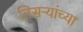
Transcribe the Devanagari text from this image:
तिसऱ्यांच्या